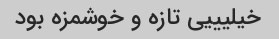
خیلیییی تازه و خوشمزه بود